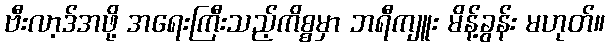
ဗီးလာ့ဒ်အဖို့ အရေးကြီးသည့်ကိစ္စမှာ ဘရီကျူး မိန့်ခွန်း မဟုတ်။